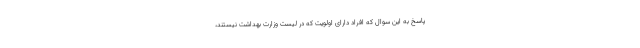
پاسخ به این سوال که افراد دارای اولویت که در لیست وزارت بهداشت نیستند،